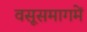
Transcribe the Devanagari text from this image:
वसूसमागमें